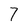
Character: 7